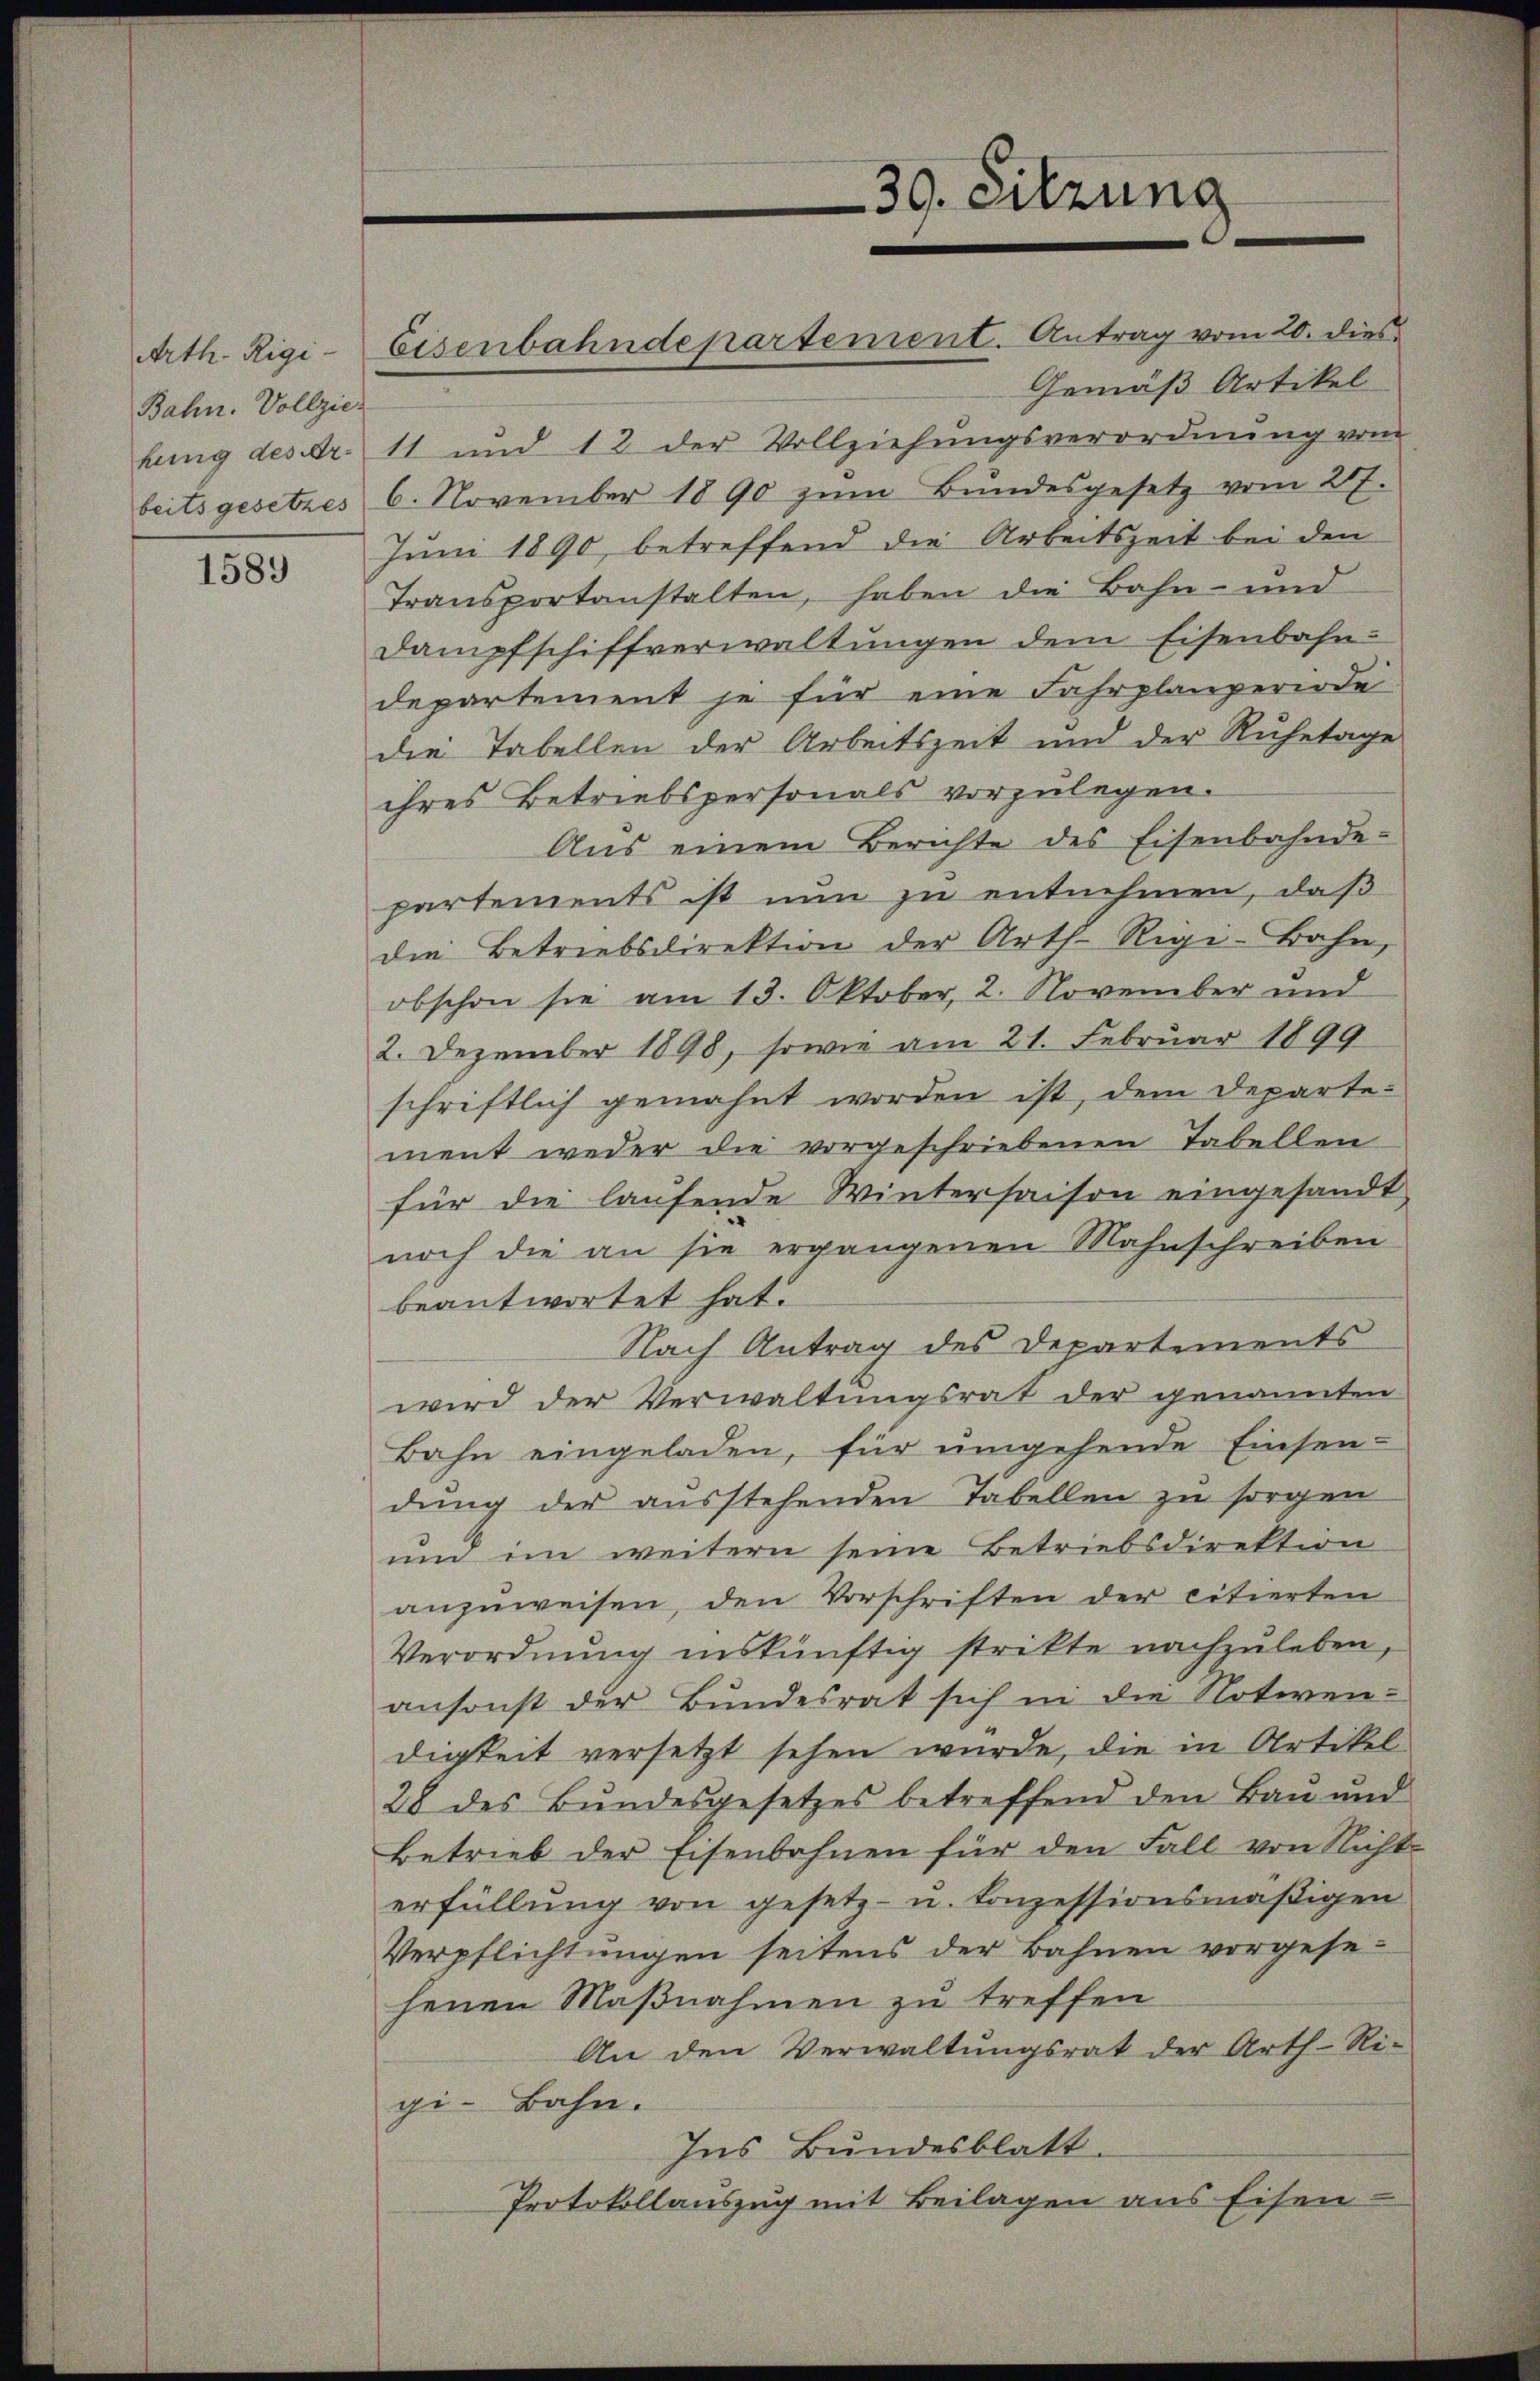
Arth. Rigi-
Bahn. Vollzie
beitsgesetzes

1589

Gemäß Artikel
hung des Fr. 11 und 12 der Vollziehŭngsverordnŭng vom
6. November 1890 zum Bundesgesetz vom 21.
Juni 1890, betreffend die Arbeitszeit bei den
Transportanstalten, haben die Bahn- und
Dampfschiffverwaltungen dem Eisenbahn-
departement je für eine Fahrplanzerin de
die Tabellen der Arbeitszeit und der Ruhetage
ihres Betriebspersonals vorzulegen.
Aus einem Berichte des Eisenbahnde-
partements ist nun zu entnehmen, daß
die Betriebsdirektion der Arth-Rigi-Bahn,
obschon sie am 13. Oktober, 2. November und
2. Dezember 1898, sowie am 21. Februar 1899
schriftlich gemahnt worden ist, dem Departe-
ment weder die vorgeschriebenen Tabellen
für die laufende Wintersaison eingesandt
noch die an sie ergangenen Mahnschreiben
beantwortet hat.
Nach Antrag des Departements
wird der Verwaltungsrat der genannten
Bahn eingeladen, für umgehende Einsen-
dung der ausstehenden Tabellen zu sorgen
und im weitern seine Betriebsdirektion
anzuweisen, den Vorschriften der citierten
Verordnung inskünftig strikte nachzuleben,
ansonst der Bundesrat sich in die Noteren-
digkeit versetzt sehen wurde, die in Artikel
28 des Bŭndesgesetzes betreffend den Bau und
Betrieb der Eisenbahnen für den Fall von Nicht
erfüllŭng von gesetz- u. konzessionsmäβigen
Verpflichtungen seitens der Bahnen vorgese
henen Maßnahmen zu treffen.
An den Verwaltŭngsrat der Arth-Ri-
gi-Bahn.
Ins Bundesblatt.
Protokollauszug mit Beilagen aus Eisen-

Eisenbahndepartement. Antrag vom 20. dies

39. Sitzung